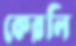
কেরলি